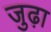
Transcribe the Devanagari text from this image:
जुढ़ा